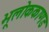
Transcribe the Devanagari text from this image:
भूलाेककाणड